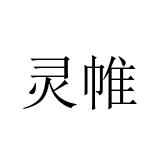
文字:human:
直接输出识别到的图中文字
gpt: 灵帷